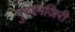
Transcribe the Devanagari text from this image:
पुष्पमंजिरी